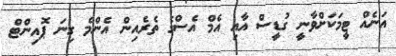
އަނެއް ޓީމަކަށްވާނީ ގުޑީސް އާއި އެމް އެސްގެ ތެރެއިން އެންމެ ގިނަ ޕޮއިންޓް